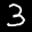
Label: 3